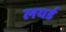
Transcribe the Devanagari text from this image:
लयर्ड